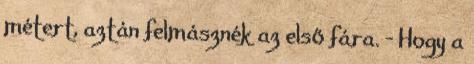
métert, aztán felmásznék az első fára. - Hogy a